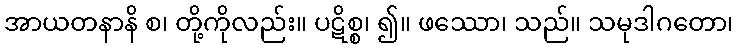
အာယတနာနိ စ၊ တို့ကိုလည်း။ ပဋိစ္စ၊ ၍။ ဖဿော၊ သည်။ သမုဒါဂတော၊